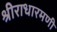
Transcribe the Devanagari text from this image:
श्रीराधारमणी